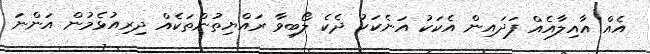
އެއް އާއިލާއެއް ފަދައިން އެކަކު އަނެކަކު ދެކެ ލޯބިވާ ރައްޔިތުންތަކެއް ދިރިއުޅެމުން އަންނަ